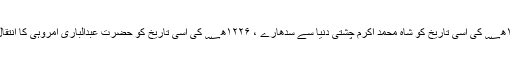
۱۱۹۵ھ؁ کی اسی تاریخ کو شاہ محمد اکرم چشتیؒ دنیا سے سدھارے ، ۱۲۲۶ھ؁ کی اسی تاریخ کو حضرت عبدالباری امروہیؒ کا انتقال ہوا۔